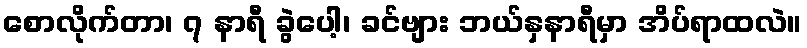
စောလိုက်တာ၊ ၇ နာရီ ခွဲပေါ့၊ ခင်ဗျား ဘယ်နှနာရီမှာ အိပ်ရာထလဲ။